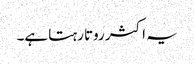
یہ اکثر روتا رہتا ہے۔